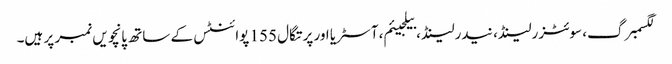
لگسمبرگ، سوئٹزرلینڈ، نیدرلینڈ، بیلجیئم، آسٹریا اور پرتگال 155 پوائنٹس کے ساتھ پانچویں نمبر پر ہیں۔